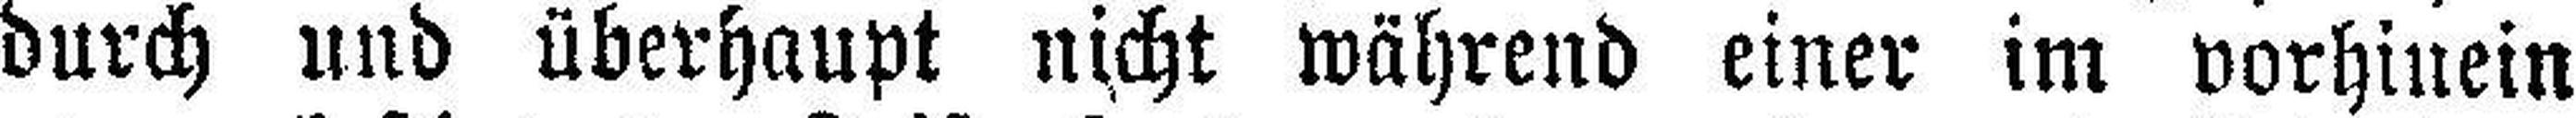
durch und überhaupt nicht während einer im vorhinein